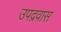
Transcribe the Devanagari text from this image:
उपद्रवास